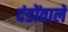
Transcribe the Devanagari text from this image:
दंडोंवाले